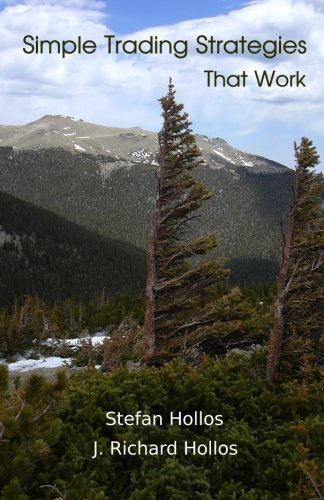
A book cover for Simple Trading Strategies That Work; Stefan Hollos; Business & Money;